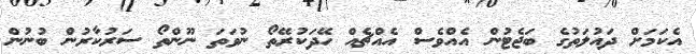
އެކަމަށް ދައުލަތުގެ ބަޖެޓުން އެއްވެސް އެއްޗެއް ހޭދަކުރޭތޯ ނުވަތަ ނޫންތޯ ސަރުކާރުން ބުނުން